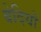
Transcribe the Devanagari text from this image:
बेदियों